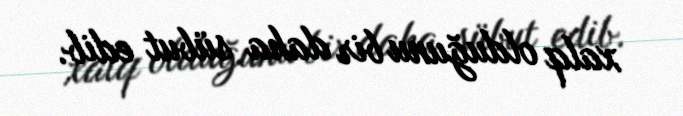
xalq olduğunu bir daha sübut edib.